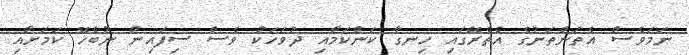
ނަމަވެސް އެތަންތަނުގެ އެތެރޭގައި ހިނގާ ކަންކަމާއި ދުވަހަކު ވެސް ސިފައިން ނުބެހޭ ކަމަށާއި